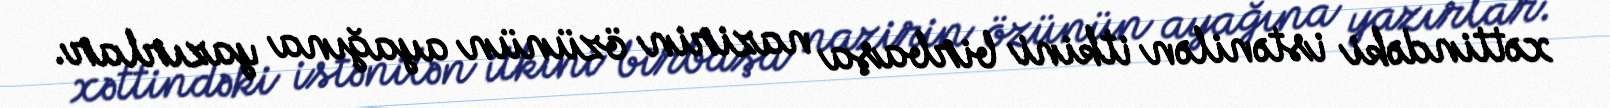
xəttindəki istənilən itkini birbaşa nazirin özünün ayağına yazırlar.